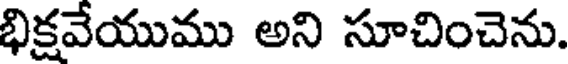
భిక్షవేయుము అని సూచించెను.